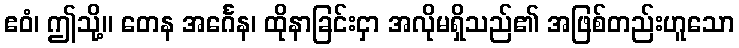
ဧဝံ၊ ဤသို့။ တေန အင်္ဂေန၊ ထိုနာခြင်းငှာ အလိုမရှိသည်၏ အဖြစ်တည်းဟူသော